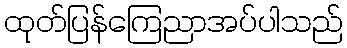
ထုတ်ပြန်ကြေညာအပ်ပါသည်